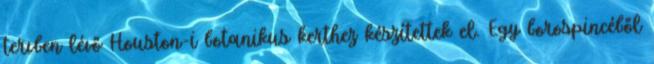
tervben lévő Houston-i botanikus kerthez készítettek el. Egy borospincéből